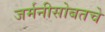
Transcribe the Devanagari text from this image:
जर्मनीसोबतचे